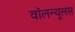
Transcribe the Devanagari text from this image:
वॉलन्यूलस